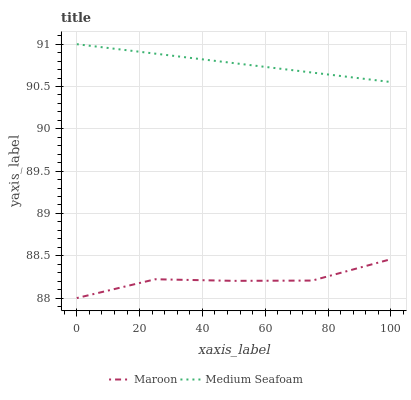
| xaxis_label | Maroon | Medium Seafoam |
 | --- | --- | --- |
 | 0 | 88 | 91 |
 | 25 | 88.2 | 90.9 |
 | 50 | 88.2 | 90.8 |
 | 75 | 88.2 | 90.7 |
 | 100 | 88.5 | 90.6 |